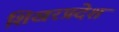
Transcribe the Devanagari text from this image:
शिखरप्रदेश